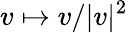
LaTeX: v\mapsto v/|v|^{2}